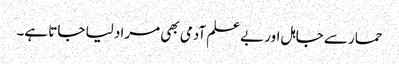
حمار سے جاہل اور بےعلم آدمی بھی مراد لیا جاتا ہے۔